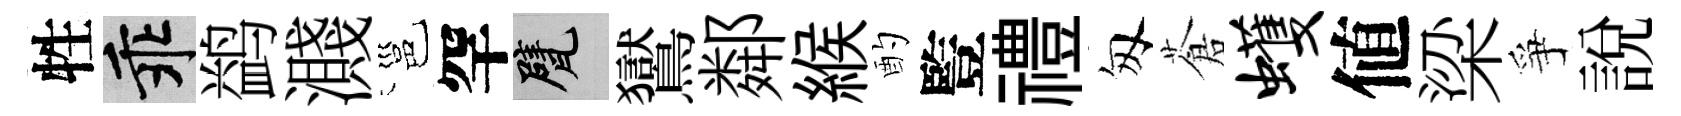
牲乖鹢濺邕罕甓鸑鄰緱酌䜿禮匆蒼蠖値梁爭説